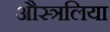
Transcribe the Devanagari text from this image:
औस्त्रलिया